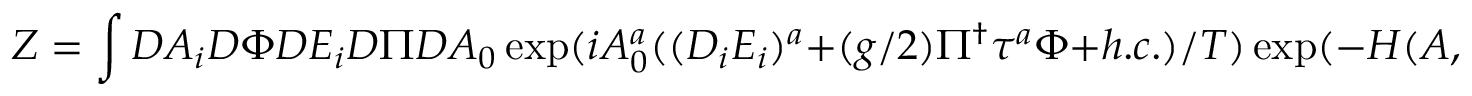
Z = \int { \cal D } A _ { i } { \cal D } \Phi { \cal D } E _ { i } { \cal D } \Pi { \cal D } A _ { 0 } \exp ( i A _ { 0 } ^ { a } ( ( D _ { i } E _ { i } ) ^ { a } + ( g / 2 ) \Pi ^ { \dagger } \tau ^ { a } \Phi + h . c . ) / T ) \exp ( - H ( A , \Phi , E , \Pi ) ) \, .